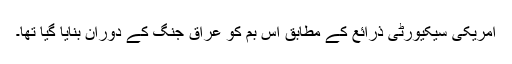
امریکی سیکیورٹی ذرائع کے مطابق اس بم کو عراق جنگ کے دوران بنایا گیا تھا۔